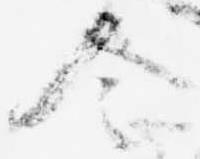
令